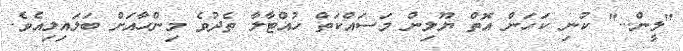
"ލީން..." ކުނި ކަހަން އޮތް ޔޫލިން މަސައްކަތް ހުއްޓާލާ ތެދުވެ މިންހާއަށް ބަލައިލިއެވެ.